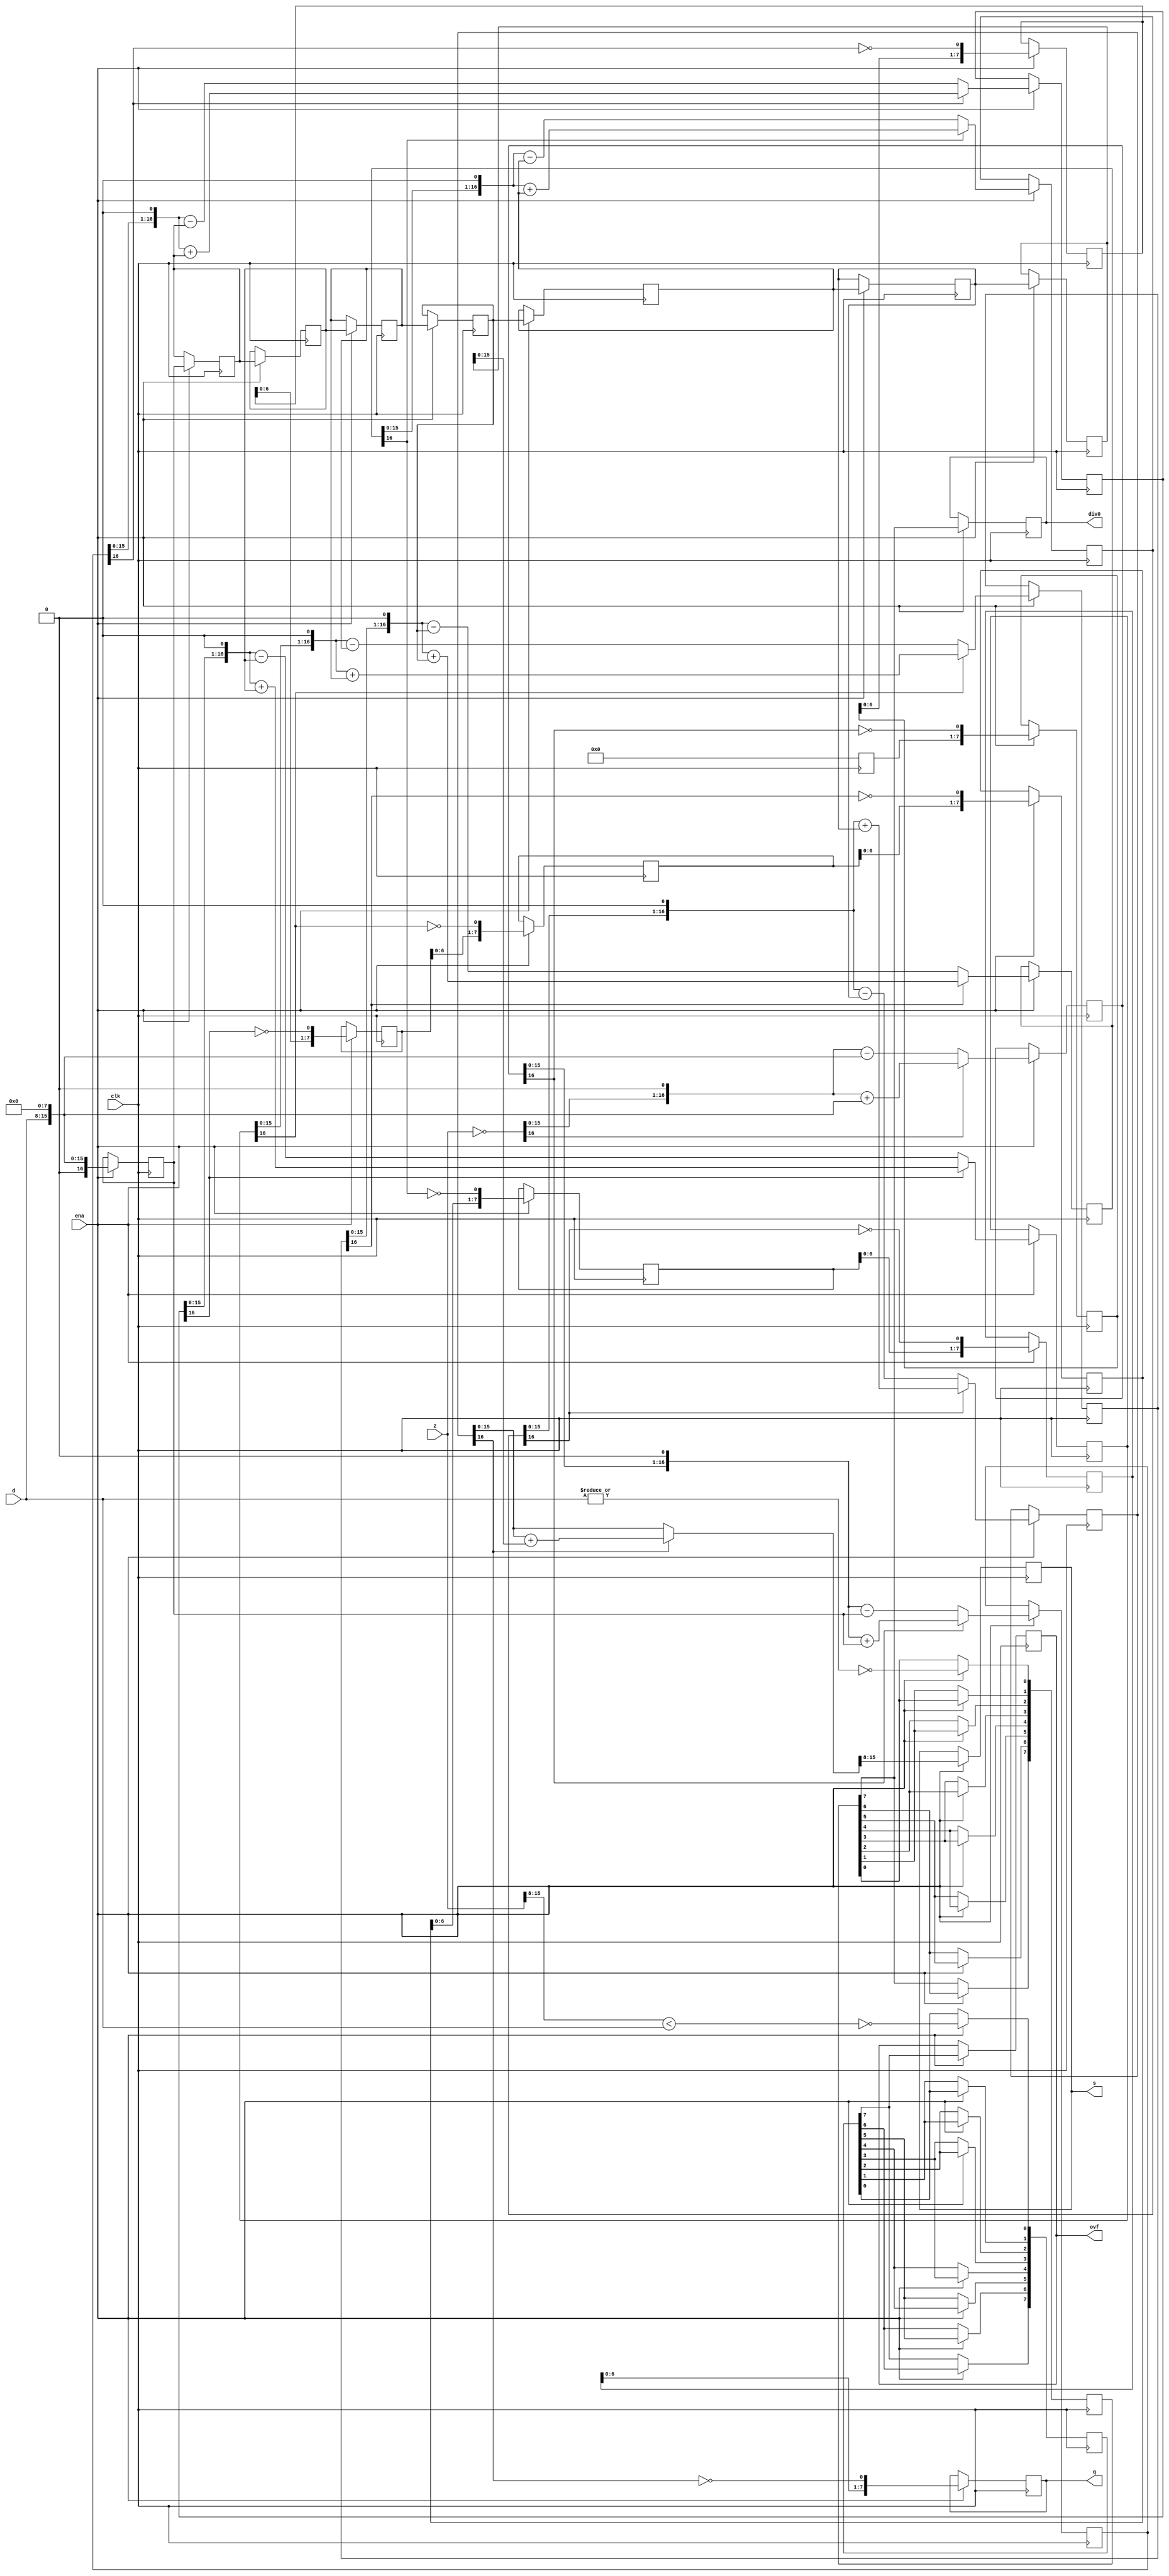
module div_uu(clk, ena, z, d, q, s, div0, ovf);

	//
	// parameters
	//
	parameter z_width = 16;
	parameter d_width = z_width /2;
	
	//
	// inputs & outputs
	//
	input clk;               // system clock
	input ena;               // clock enable

	input  [z_width -1:0] z; // divident
	input  [d_width -1:0] d; // divisor
	output [d_width -1:0] q; // quotient
	output [d_width -1:0] s; // remainder
	output div0;
	output ovf;
	reg [d_width-1:0] q;
	reg [d_width-1:0] s;
	reg div0;
	reg ovf;

	//	
	// functions
	//
	function [z_width:0] gen_s;
		input [z_width:0] si;
		input [z_width:0] di;
	begin
	  if(si[z_width])
	    gen_s = {si[z_width-1:0], 1'b0} + di;
	  else
	    gen_s = {si[z_width-1:0], 1'b0} - di;
	end
	endfunction

	function [d_width-1:0] gen_q;
		input [d_width-1:0] qi;
		input [z_width:0] si;
	begin
	  gen_q = {qi[d_width-2:0], ~si[z_width]};
	end
	endfunction

	function [d_width-1:0] assign_s;
		input [z_width:0] si;
		input [z_width:0] di;
		reg [z_width:0] tmp;
	begin
	  if(si[z_width])
	    tmp = si + di;
	  else
	    tmp = si;

	  assign_s = tmp[z_width-1:z_width-d_width];
	end
	endfunction

	//
	// variables
	//
	reg [d_width-1:0] q_pipe  [d_width-1:0];
	reg [z_width:0] s_pipe  [d_width:0];
	reg [z_width:0] d_pipe  [d_width:0];

	reg [d_width:0] div0_pipe, ovf_pipe;
	//
	// perform parameter checks
	//
	// synopsys translate_off
	initial
	begin
	  if(d_width !== z_width / 2)
	    $display("div.v parameter error (d_width != z_width/2).");
	end
	// synopsys translate_on

	integer n0, n1, n2, n3;

	// generate divisor (d) pipe
	always @(d)
	  d_pipe[0] <= {1'b0, d, {(z_width-d_width){1'b0}} };

	always @(posedge clk)
	  if(ena)
	    for(n0=1; n0 <= d_width; n0=n0+1)
	       d_pipe[n0] <= #1 d_pipe[n0-1];

	// generate internal remainder pipe
    //bug made: original: s_pipe[0] <= z; 
	always @(z) 
	  s_pipe[0] <= ~z;

	always @(posedge clk)
	  if(ena)
	    for(n1=1; n1 <= d_width; n1=n1+1)
	       s_pipe[n1] <= #1 gen_s(s_pipe[n1-1], d_pipe[n1-1]);

	// generate quotient pipe
	always @(posedge clk)
	  q_pipe[0] <= #1 0;

	always @(posedge clk)
	  if(ena)
	    for(n2=1; n2 < d_width; n2=n2+1)
	       q_pipe[n2] <= #1 gen_q(q_pipe[n2-1], s_pipe[n2]);


	// flags (divide_by_zero, overflow)
	always @(z or d)
	begin
	  ovf_pipe[0]  <= !(z[z_width-1:d_width] < d);
	  div0_pipe[0] <= ~|d;
	end

	always @(posedge clk)
	  if(ena)
	    for(n3=1; n3 <= d_width; n3=n3+1)
	    begin
	        ovf_pipe[n3] <= #1 ovf_pipe[n3-1];
	        div0_pipe[n3] <= #1 div0_pipe[n3-1];
	    end

	// assign outputs
	always @(posedge clk)
	  if(ena)
	    ovf <= #1 ovf_pipe[d_width];

	always @(posedge clk)
	  if(ena)
	    div0 <= #1 div0_pipe[d_width];

	always @(posedge clk)
	  if(ena)
	    q <= #1 gen_q(q_pipe[d_width-1], s_pipe[d_width]);

	always @(posedge clk)
	  if(ena)
	    s <= #1 assign_s(s_pipe[d_width], d_pipe[d_width]);
endmodule